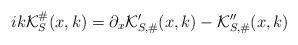
LaTeX: \begin{align*}ik\mathcal{K}^{\#}_{S}(x,k) = \partial_x\mathcal{K}_{S,\#}'(x,k) - \mathcal{K}_{S,\#}''(x,k) \end{align*}